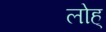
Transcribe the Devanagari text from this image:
लोह्